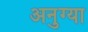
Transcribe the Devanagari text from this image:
अनुग्या